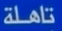
تأهلة